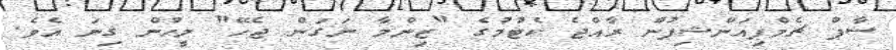
ސާޕް ޗެމްޕިއަންޝިޕުން ރާއްޖެ ކެޓުމުގެ "ޒިންމާ ނަގަން ޖެހޭ" މީހުން ގިނަ އެވެ.